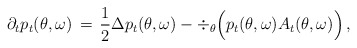
\begin{align*} \partial_t p_t(\theta,\omega)\, =\, \frac{1}{2} \Delta p_t(\theta,\omega) -\div_\theta \Big(p_t(\theta,\omega)A_{ t}(\theta, \omega)\Big)\, ,\end{align*}